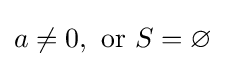
a\neq 0,{\text{ or }}S=\varnothing